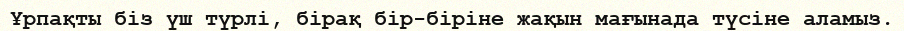
Ұрпақты біз үш түрлі, бірақ бір-біріне жақын мағынада түсіне аламыз.